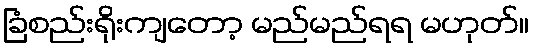
ခြံစည်းရိုးကျတော့ မည်မည်ရရ မဟုတ်။